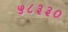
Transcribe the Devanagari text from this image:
५८३३०